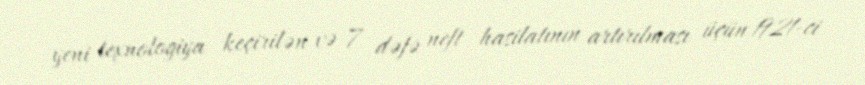
yeni texnologiya keçirilən və 7 dəfə neft hasilatının artırılması üçün 1921-ci